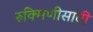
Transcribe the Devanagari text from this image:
रुक्मिणीसाठी